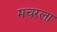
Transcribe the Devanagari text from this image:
मचरला